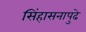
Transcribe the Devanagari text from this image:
सिंहासनापुढे